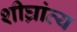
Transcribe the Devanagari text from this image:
शीघ्रांत्य